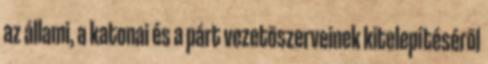
az állami, a katonai és a párt vezetõszerveinek kitelepítésérõl